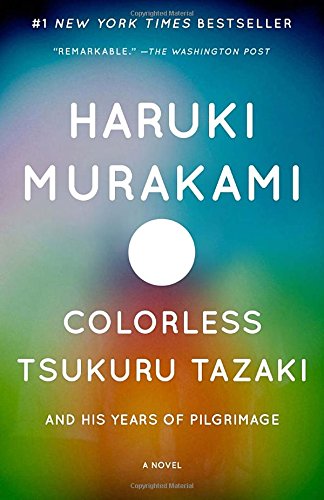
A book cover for Colorless Tsukuru Tazaki and His Years of Pilgrimage; Haruki Murakami; Science Fiction & Fantasy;